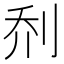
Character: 𫥽